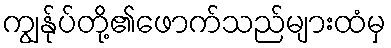
ကျွန်ုပ်တို့၏ဖောက်သည်များထံမှ